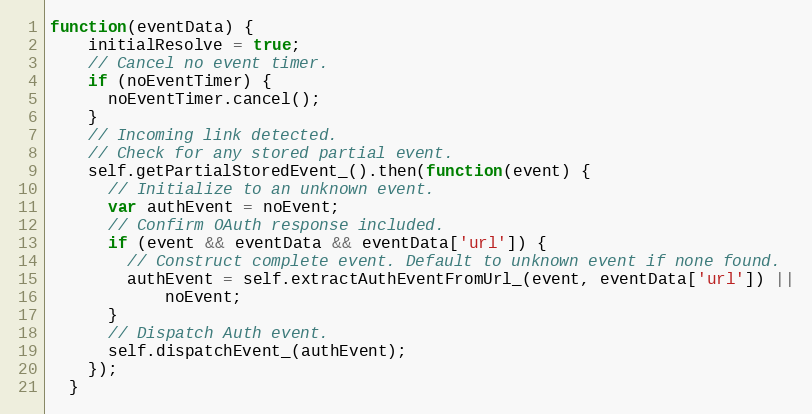
Language: JavaScript
function(eventData) {
    initialResolve = true;
    // Cancel no event timer.
    if (noEventTimer) {
      noEventTimer.cancel();
    }
    // Incoming link detected.
    // Check for any stored partial event.
    self.getPartialStoredEvent_().then(function(event) {
      // Initialize to an unknown event.
      var authEvent = noEvent;
      // Confirm OAuth response included.
      if (event && eventData && eventData['url']) {
        // Construct complete event. Default to unknown event if none found.
        authEvent = self.extractAuthEventFromUrl_(event, eventData['url']) ||
            noEvent;
      }
      // Dispatch Auth event.
      self.dispatchEvent_(authEvent);
    });
  }